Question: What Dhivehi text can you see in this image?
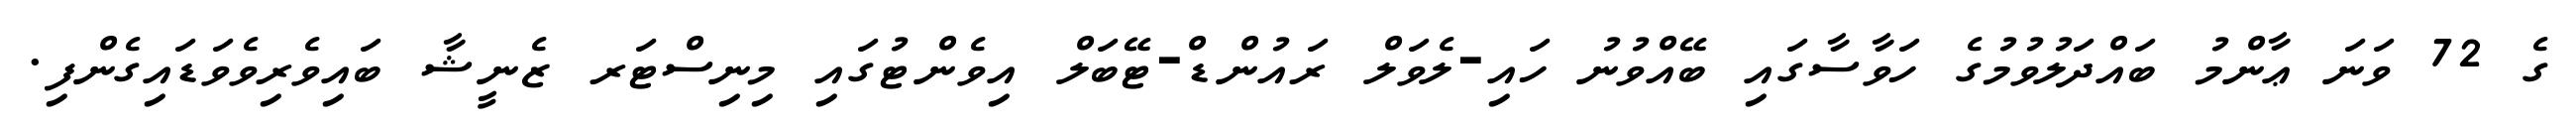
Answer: ގެ 72 ވަނަ ޢާންމު ބައްދަލުވުމުގެ ހަވާސާގައި ބޭއްވުނު ހައި-ލެވަލް ރައުންޑް-ޓޭބަލް އިވެންޓުގައި މިނިސްޓަރ ޒެނީޝާ ބައިވެރިވެވަޑައިގެންފި.